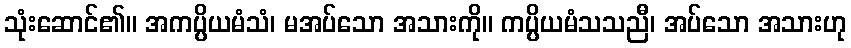
သုံးဆောင်၏။ အကပ္ပိယမံသံ၊ မအပ်သော အသားကို။ ကပ္ပိယမံသသညီ၊ အပ်သော အသားဟု